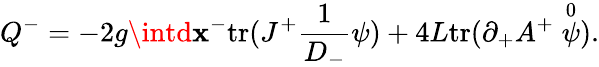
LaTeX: Q^{-}=-2g\intd\mathbf{x}^{-}\mathrm{{tr}}(J^{+}\frac{{1}}{{D_{-}}}\psi)+4L\mathrm{{tr}}(\partial_{+}A^{+}\stackrel{0}{\psi}).